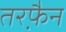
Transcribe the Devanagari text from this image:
तरफै़न